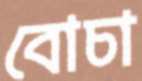
বোচা